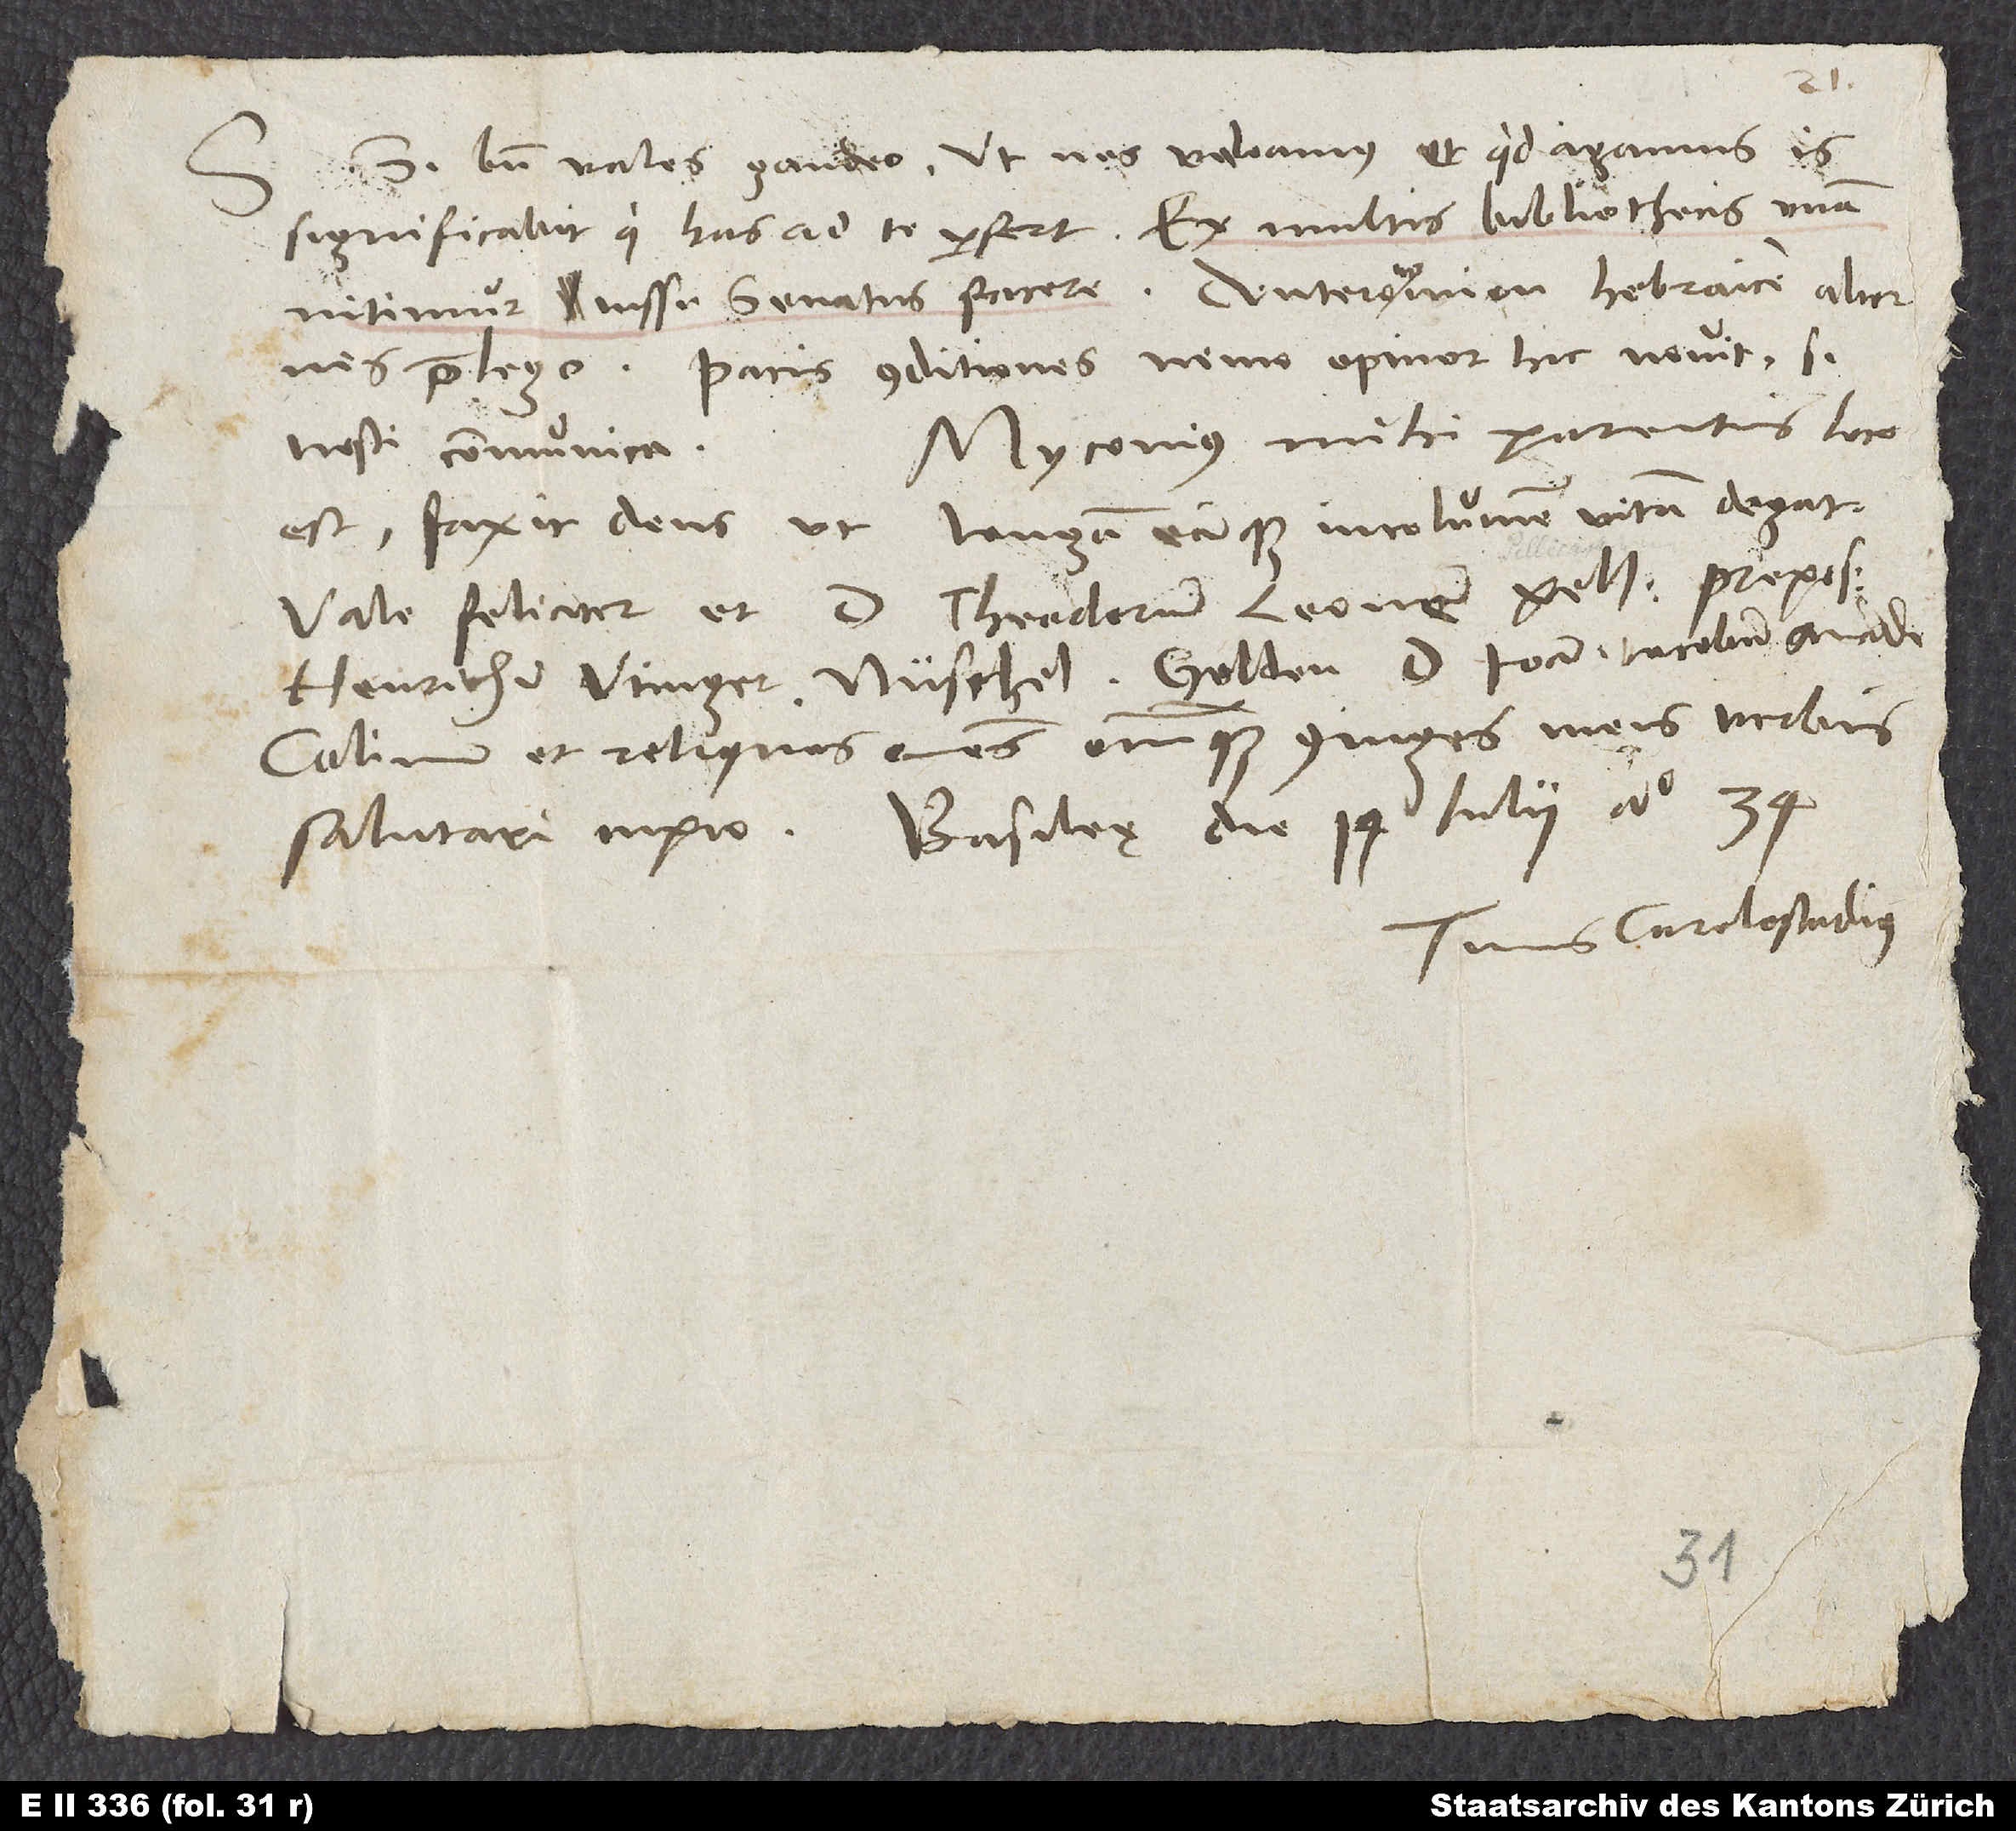
Si bene vales gaudeo. Ut nos valeamus et quid agamus, is
significabit, qui has ad te perfert. Ex multis bibliothecis unam
nitimur iussu senatus facere. Deuteronomion hebraice alternis
praelego. Pacis conditiones nemo, opinor, hic novit. Si
Myconius mihi parentis loco
nosti, communica.
est. Faxit deus, ut longam, eamque incolumem vitam degat.
Vale feliciter. Et d. Theodorum, Leonem, Pellicanum, prepos,
Colinum et reliquos omnes omniumque coniuges meis verbis
salutari cupio. Basileę, die 14. iulii anno 34.
Tuus Carolostadius.